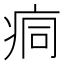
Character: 痌